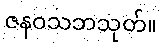
ဇနဝသဘသုတ်။